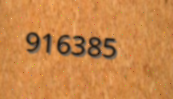
916385